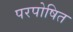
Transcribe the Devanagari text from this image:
परपोषित